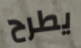
يطرح